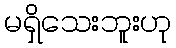
မရှိသေးဘူးဟု